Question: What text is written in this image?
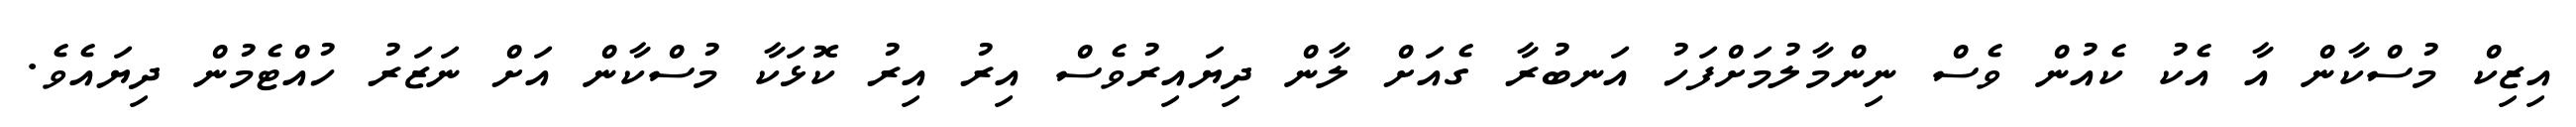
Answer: އިޒިކް މުސްކާން އާ އެކު ކެއުން ވެސް ނިންމާލުމަށްފަހު އަނބުރާ ގެއަށް ލާން ދިޔައިރުވެސް އިރު އިރު ކޮޅަކާ މުސްކާން އަށް ނަޒަރު ހުއްޓެމުން ދިޔައެވެ.